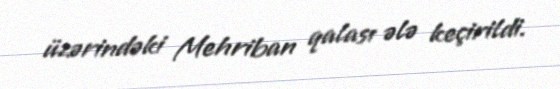
üzərindəki Mehriban qalası ələ keçirildi.